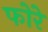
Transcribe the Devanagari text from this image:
फोरे